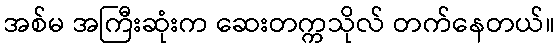
အစ်မ အကြီးဆုံးက ဆေးတက္ကသိုလ် တက်နေတယ်။